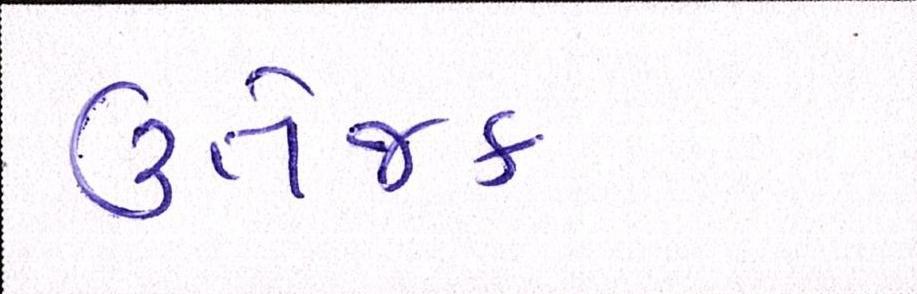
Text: ઉત્તેજક